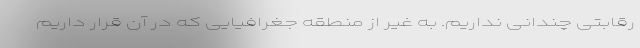
رقابتی چندانی نداریم. به غیر از منطقه جغرافیایی که در آن قرار داریم